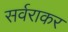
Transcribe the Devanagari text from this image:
सर्वराकर